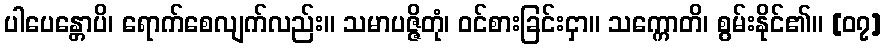
ပါပေန္တောပိ၊ ရောက်စေလျက်လည်း။ သမာပဇ္ဇိတုံ၊ ဝင်စားခြင်းငှာ။ သက္ကောတိ၊ စွမ်းနိုင်၏။ [၀၇]